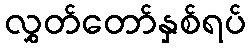
လွှတ်တော်နှစ်ရပ်